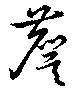
麌